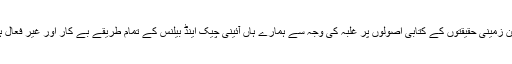
لیکن زمینی حقیقتوں کے کتابی اصولوں پر غلبہ کی وجہ سے ہمارے ہاں آئینی چیک اینڈ بیلنس کے تمام طریقے بے کار اور غیر فعال ہیں۔